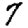
Digit: 7